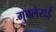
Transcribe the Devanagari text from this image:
गुबलेराई